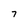
Character: 7